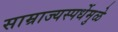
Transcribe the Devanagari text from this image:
साम्राज्यस्पर्धेमुळे